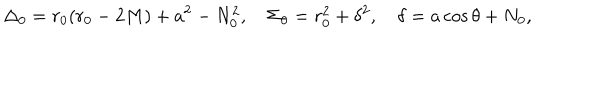
\Delta _ { 0 } = r _ { 0 } ( r _ { 0 } - 2 M ) + a ^ { 2 } - N _ { 0 } ^ { 2 } , \quad \Sigma _ { 0 } = r _ { 0 } ^ { 2 } + \delta ^ { 2 } , \quad \delta = a \cos \theta + N _ { 0 } ,